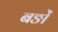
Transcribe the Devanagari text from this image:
बङों